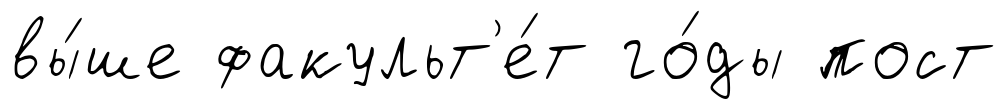
вы́ше факульт'е́т го́ды пост